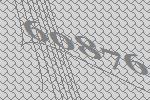
60876